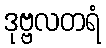
ဒုဗ္ဗလတရံ